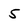
Character: 5